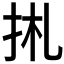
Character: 𢫄